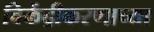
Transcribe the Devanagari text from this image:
विकेंद्रीकरणाच्या